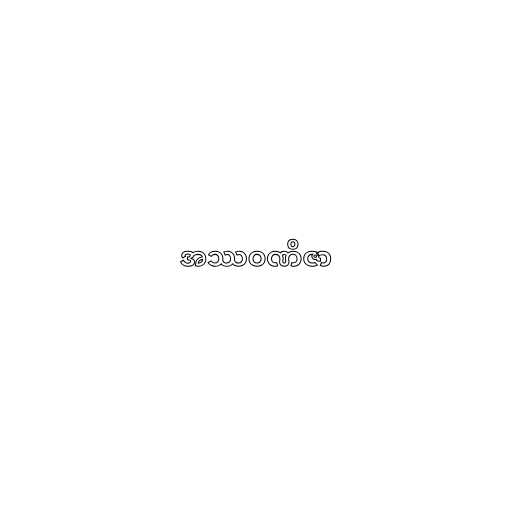
အဿဝဏိဇာ